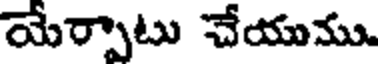
యేర్పాటు చేయుము.